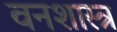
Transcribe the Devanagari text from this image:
वनशास्त्र